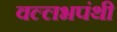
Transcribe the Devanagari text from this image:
वल्लभपंथी